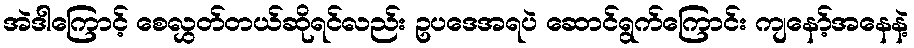
အဲဒါကြောင့် စေလွှတ်တယ်ဆိုရင်လည်း ဥပဒေအရပဲ ဆောင်ရွက်ကြောင်း ကျနော့်အနေနဲ့